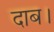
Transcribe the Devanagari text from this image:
दाब।